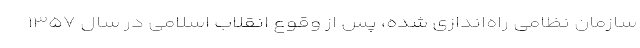
سازمان نظامی راه‌اندازی شده، پس از وقوع انقلاب اسلامی در سال ۱۳۵۷